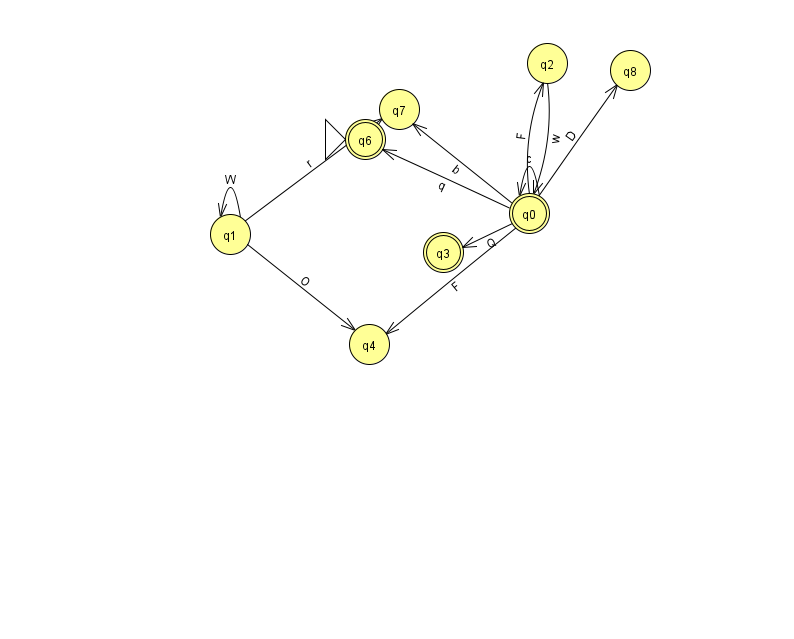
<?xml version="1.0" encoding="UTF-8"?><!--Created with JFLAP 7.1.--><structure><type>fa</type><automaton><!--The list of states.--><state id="0" name="q0"><x>529.0</x><y>200.0</y><final/></state><state id="1" name="q1"><x>230.0</x><y>221.0</y></state><state id="2" name="q2"><x>547.0</x><y>50.0</y></state><state id="3" name="q3"><x>443.0</x><y>239.0</y><final/></state><state id="4" name="q4"><x>369.0</x><y>331.0</y></state><state id="6" name="q6"><x>365.0</x><y>126.0</y><initial/><final/></state><state id="7" name="q7"><x>399.0</x><y>96.0</y></state><state id="8" name="q8"><x>630.0</x><y>57.0</y></state><!--The list of transitions.--><transition><from>0</from><to>2</to><read>F</read></transition><transition><from>2</from><to>0</to><read>w</read></transition><transition><from>0</from><to>0</to><read>c</read></transition><transition><from>0</from><to>7</to><read>b</read></transition><transition><from>1</from><to>1</to><read>W</read></transition><transition><from>1</from><to>4</to><read>O</read></transition><transition><from>0</from><to>8</to><read>D</read></transition><transition><from>1</from><to>7</to><read>r</read></transition><transition><from>0</from><to>3</to><read>Q</read></transition><transition><from>0</from><to>4</to><read>F</read></transition><transition><from>0</from><to>6</to><read>q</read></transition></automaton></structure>